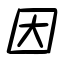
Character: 因